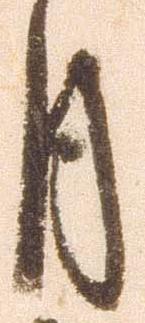
月